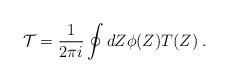
LaTeX: \begin{align*}{\cal T}=\frac{1}{2\pi i}\oint dZ \phi(Z) T(Z) \;.\end{align*}